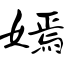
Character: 嫣